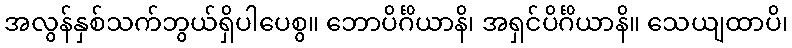
အလွန်နှစ်သက်ဘွယ်ရှိပါပေစွ။ ဘောပိင်္ဂိယာနိ၊ အရှင်ပိင်္ဂိယာနိ။ သေယျထာပိ၊